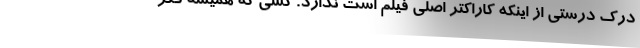
درک درستی از اینکه کاراکتر اصلی فیلم است ندارد. کسی که همیشه فکر